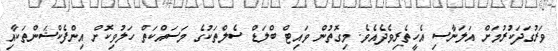
ވަރުގަދަކުރުމަށް އަލަނާސި އެހީތެރިވެދެއެވެ. މިގޮތުން ވައިޓް ބްލަޑް ސެލްތަކުގެ މަސައްކަތް ހަލުވިކޮށް އިންފެކްޝަންތަކާއި